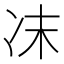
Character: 𠖾